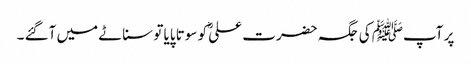
پر آپﷺ کی جگہ حضرت علیؓ کو سوتا پایا تو سناٹے میں آگئے ۔